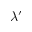
\lambda ^ { \prime }